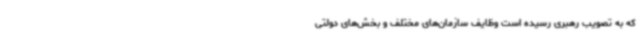
که به تصویب رهبری رسیده است وظایف سازمان‌های مختلف و بخش‌های دولتی